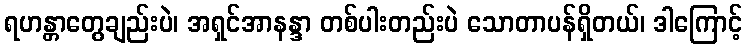
ရဟန္တာတွေချည်းပဲ၊ အရှင်အာနန္ဒာ တစ်ပါးတည်းပဲ သောတာပန်ရှိတယ်၊ ဒါကြောင့်